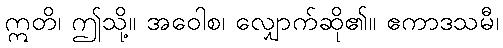
ဣတိ၊ ဤသို့။ အဝေါစ၊ လျှောက်ဆို၏။ ဧကာဒသမီ၊